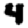
Digit: 4